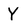
Character: Y